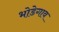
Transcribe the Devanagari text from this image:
भोडेगाव